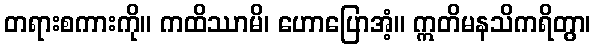
တရားစကားကို။ ကထိဿာမိ၊ ဟောပြောအံ့။ ဣတိမနသိကရိတွာ၊